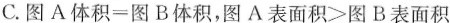
C.$$图 A 体 积 = 图 B 体 积$$，$$图 A 表 面 积 > 图 B 表 面 积$$